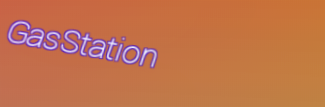
GasStation